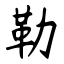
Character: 勒